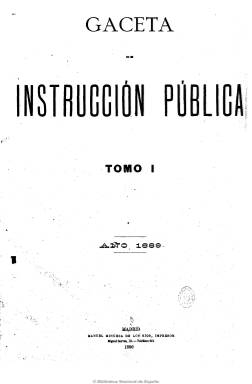
Título: Gaceta de instrucción pública
Colección: Educación
Ámbito geográfico: Madrid
Lugar de publicación: Madrid
Fechas: 01/02/1889-30/12/1907

Periódico de carácter profesional en cuyo número prospecto, de uno de febrero de 1889, señala que será esencialmente práctico, “alejado de toda idea de partido o de sistema” y, por tanto, se eximirá de incluir artículos doctrinales. Insertará numerosas disposiciones y anuncios oficiales sobre la materia, referentes a la primera y segunda enseñanzas y a la superior universitaria, además de las resoluciones emitidas por cátedras, escuelas especiales (como la de archivos, bibliotecas y museos), junto a las referidas a oposiciones, concursos, nombramientos, etc. También tendrá secciones de noticias, bibliografía y material científico, consultas administrativas, correspondencia particular y anuncios comerciales, todas ellas referidas al mundo de la enseñanza. Se publica en números de ocho páginas, primero con una periodicidad decenal (los días 5, 15 y 25 de cada mes), que irá variando en el tiempo.

Su propietaria y directora es María Encarnación de La Rigada Ramón (1863-1930), que empieza a publicar la revista al tiempo que inicia su carrera profesional como profesora de la Escuela Central de Maestras de Madrid. Más tarde se verá auxiliada en la edición del periódico por Andrés P. de la Mota, como redactor jefe; Luis de Góngora y Andux, como secretario de redacción, y Mercedes Tella y Francisco Carrillo Guerrero, como redactores.

De La Rigada, de sólida formación y bien situada en los medios burgueses de la época, como señala en sus estudios Carmen Colmenar Orzaes, participó en diferentes congresos pedagógicos y llegó a desempeñar cargos públicos relacionados con su profesión. A pesar de que su periódico era estrictamente de carácter informativo, en los últimos años llega a incluir artículos doctrinales, en los que aparecen las posiciones reivindicativas de su directora en la defensa de los derechos profesionales y, en concreto, en lo referente a la discriminación salarial de maestras y profesoras.

Junto a la cabecera de la revista se llegará a indicar que es el “periódico profesional de mayor información de España”, y con este título se publicará hasta el 30 de diciembre de 1907. A partir del cinco de enero de 1908 lo amplía a: Gaceta de instrucción pública y bellas artes, hasta su desaparición definitiva el 26 de septiembre de 1917.